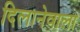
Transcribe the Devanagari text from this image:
दिलानेवाला